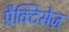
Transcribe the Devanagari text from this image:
प्रैक्टिसेज़